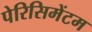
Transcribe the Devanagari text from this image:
पेरिसिमेंटम